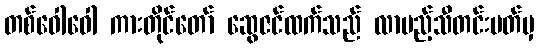
တစ်ဝေါဝေါ ကားတိုင်တော် ဆွေဇင်ထက်သည် လာမည့်သီတင်းပတ်မှ